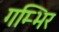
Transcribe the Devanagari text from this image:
गम्भिर